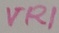
Text: VR1